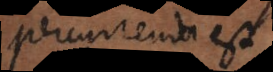
percurrenda est.